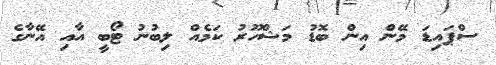
ސްޕައިޑަ މޭން އިން ބޮޑު މަޝްހޫރު ކަމެއް ލިބުނު ޓޯބީ އާއި އޭނާގެ